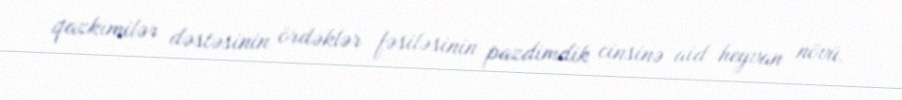
qazkimilər dəstəsinin ördəklər fəsiləsinin pazdimdik cinsinə aid heyvan növü.